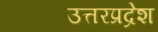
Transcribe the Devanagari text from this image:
उत्तरप्रद्रेश